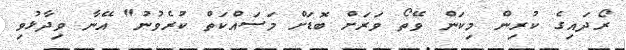
ރޯދައިގެ ކުރިން މިކަން ވޭތޯ ވަރަށް ބޮޑަށް މަސައްކަތް ކުރެވުނު" އޭނާ ވިދާޅުވި